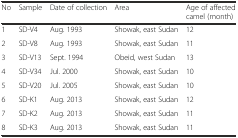
<table><thead><tr><td><b>No</b></td><td><b>Sample</b></td><td><b>Date of collection</b></td><td><b>Area</b></td><td><b>Age of affected camel (month)</b></td></tr></thead><tbody><tr><td>1</td><td>SD-V4</td><td>Aug. 1993</td><td>Showak, east Sudan</td><td>12</td></tr><tr><td>2</td><td>SD-V8</td><td>Aug. 1993</td><td>Showak, east Sudan</td><td>11</td></tr><tr><td>3</td><td>SD-V13</td><td>Sept. 1994</td><td>Obeid, west Sudan</td><td>13</td></tr><tr><td>4</td><td>SD-V34</td><td>Jul. 2000</td><td>Showak, east Sudan</td><td>10</td></tr><tr><td>5</td><td>SD-V20</td><td>Jul. 2005</td><td>Showak, east Sudan</td><td>10</td></tr><tr><td>6</td><td>SD-K1</td><td>Aug. 2013</td><td>Showak, east Sudan</td><td>12</td></tr><tr><td>7</td><td>SD-K2</td><td>Aug. 2013</td><td>Showak, east Sudan</td><td>11</td></tr><tr><td>8</td><td>SD-K3</td><td>Aug. 2013</td><td>Showak, east Sudan</td><td>11</td></tr></tbody></table>